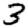
Digit: 3